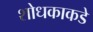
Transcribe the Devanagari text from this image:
शोधकाकडे